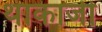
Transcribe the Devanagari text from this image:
थाकाजी